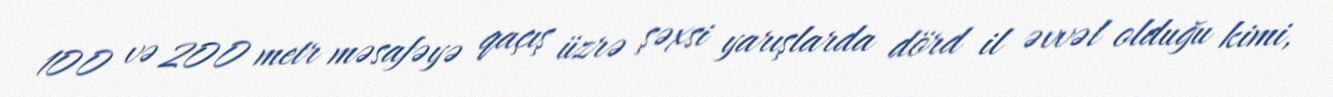
100 və 200 metr məsafəyə qaçış üzrə şəxsi yarışlarda dörd il əvvəl olduğu kimi,